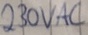
Text: 230VAC